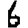
Digit: 6